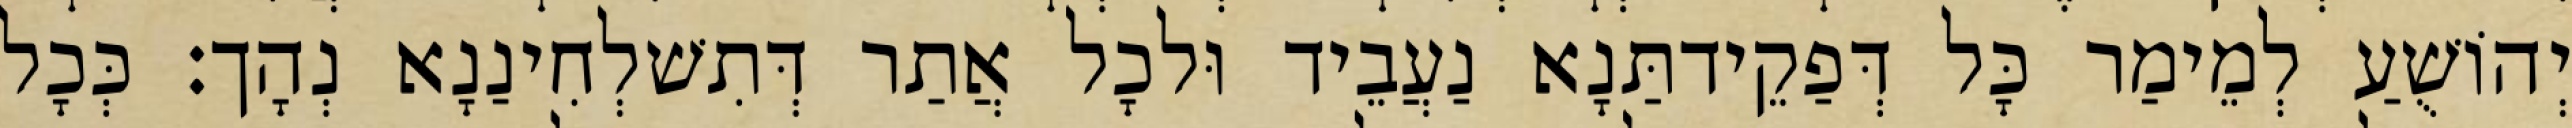
יְהוֹשֻׁעַ לְמֵימַר כָּל דְּפַקֵידתַּנָא נַעֲבֵיד וּלכָל אֲתַר דְּתִשׁלְחִינַנָא נְהָך׃ כְּכָל